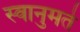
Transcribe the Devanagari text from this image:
स्वानुमते